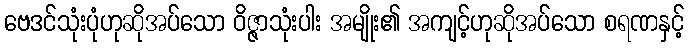
ဗေဒင်သုံးပုံဟုဆိုအပ်သော ဝိဇ္ဇာသုံးပါး အမျိုး၏ အကျင့်ဟုဆိုအပ်သော စရဏနှင့်